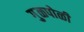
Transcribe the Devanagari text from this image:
गु़ळपोळी